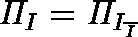
\mathit { \Pi } _ { I } = \mathit { \Pi } _ { I _ { \overline { { I } } } }